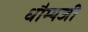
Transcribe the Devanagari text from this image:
धौम्यजी